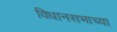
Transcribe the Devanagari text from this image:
विधानसभाच्या